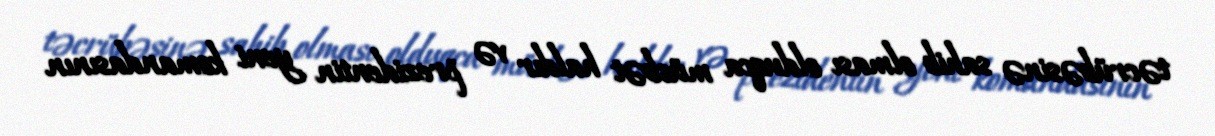
təcrübəsinə sahib olması olduqca müsbət haldır və prezidentin yeni komandasının